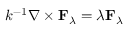
k ^ { - 1 } \nabla \times \mathbf { F } _ { \lambda } = \lambda \mathbf { F } _ { \lambda }